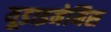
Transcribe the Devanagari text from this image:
यूडाइनेमिस